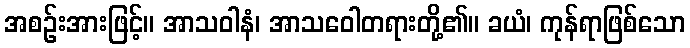
အစဉ်းအားဖြင့်။ အာသဝါနံ၊ အာသဝေါတရားတို့၏။ ခယံ၊ ကုန်ရာဖြစ်သော